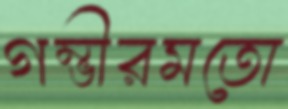
গম্ভীরমতো